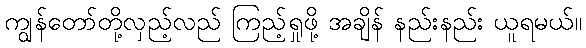
ကျွန်တော်တို့လှည့်လည် ကြည့်ရှုဖို့ အချိန် နည်းနည်း ယူရမယ်။